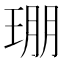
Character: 㻚